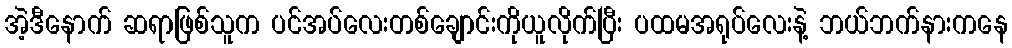
အဲ့ဒီနောက် ဆရာဖြစ်သူက ပင်အပ်လေးတစ်ချောင်းကိုယူလိုက်ပြီး ပထမအရုပ်လေးနဲ့ ဘယ်ဘက်နားကနေ